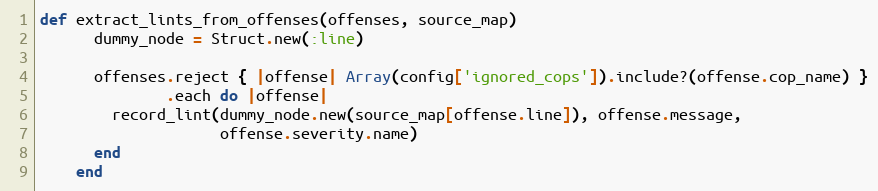
Language: Ruby
def extract_lints_from_offenses(offenses, source_map)
      dummy_node = Struct.new(:line)

      offenses.reject { |offense| Array(config['ignored_cops']).include?(offense.cop_name) }
              .each do |offense|
        record_lint(dummy_node.new(source_map[offense.line]), offense.message,
                    offense.severity.name)
      end
    end